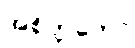
အစိတ္တကော